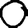
Digit: 0